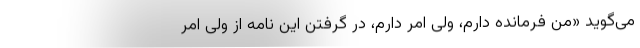
می‌گوید «من فرمانده دارم، ولی امر دارم، در گرفتن این نامه از ولی امر